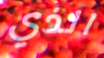
الذي